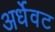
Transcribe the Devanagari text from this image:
अर्धेवट